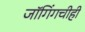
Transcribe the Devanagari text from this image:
जॉगिंगचीही